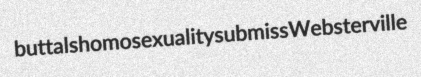
buttals homosexuality submiss Websterville